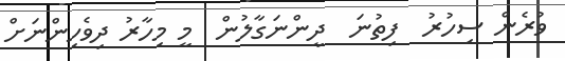
ވުރެން ސިހުރު  ފިތުނަ  ދީންނަގާލުން  މީ މިހާރު ދިވެހިންނަށް